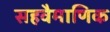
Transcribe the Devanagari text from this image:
सहवैमाणिक